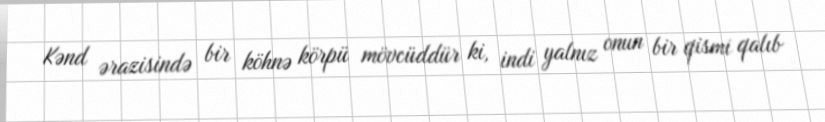
Kənd ərazisində bir köhnə körpü mövcüddür ki, indi yalnız onun bir qismi qalıb